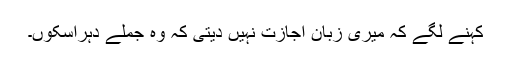
کہنے لگے کہ میری زبان اجازت نہیں دیتی کہ وہ جملے دہراسکوں۔